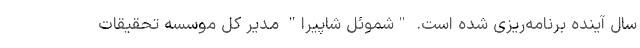
سال آینده برنامه‌ریزی شده است. "شموئل شاپیرا" مدیر کل موسسه تحقیقات